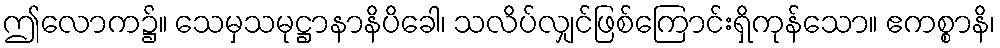
ဤလောက၌။ သေမှသမုဋ္ဌာနာနိပိခေါ၊ သလိပ်လျှင်ဖြစ်ကြောင်းရှိကုန်သော။ ဧကစ္စာနိ၊